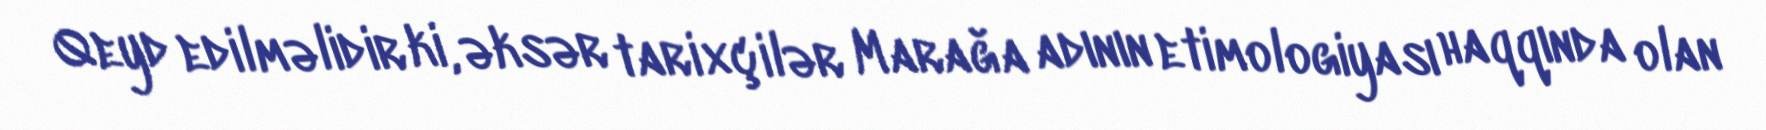
Qeyd edilməlidir ki, əksər tarixçilər Marağa adının etimologiyası haqqında olan